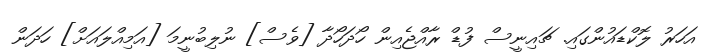
އަހަރު ލޮކްޑައުންގައި. ޗައިނީސް ފުޑް ރާއްޖެއިން ހޯދަހޯދާ [ވެސް] ނުލިބުނީމަ [އަމިއްލައަށް] ހަދަން